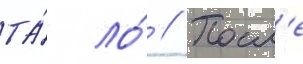
та́ ло́ // Посл'е